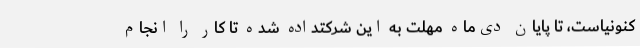
کنونیاست، تا پایان دی‌ماه مهلت به این شرکتداده شده تا کار را انجام